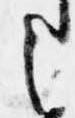
之